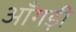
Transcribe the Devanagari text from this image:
आँगड़ी